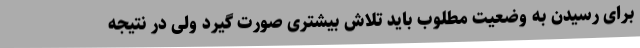
برای رسیدن به وضعیت مطلوب باید تلاش بیشتری صورت گیرد ولی در نتیجه